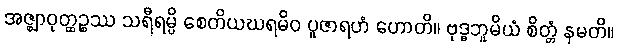
အဇ္ဈာဝုတ္ထဉ္စဿ သရီရမ္ပိ စေတိယဃရမိဝ ပူဇာရဟံ ဟောတိ။ ဗုဒ္ဓဘူမိယံ စိတ္တံ နမတိ။